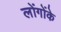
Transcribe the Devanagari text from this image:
लोंगोंके